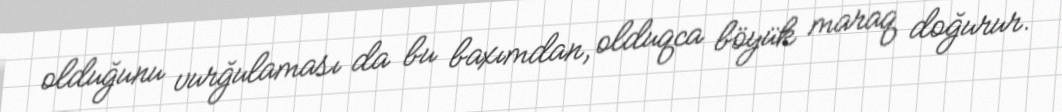
olduğunu vurğulaması da bu baxımdan, olduqca böyük maraq doğurur.